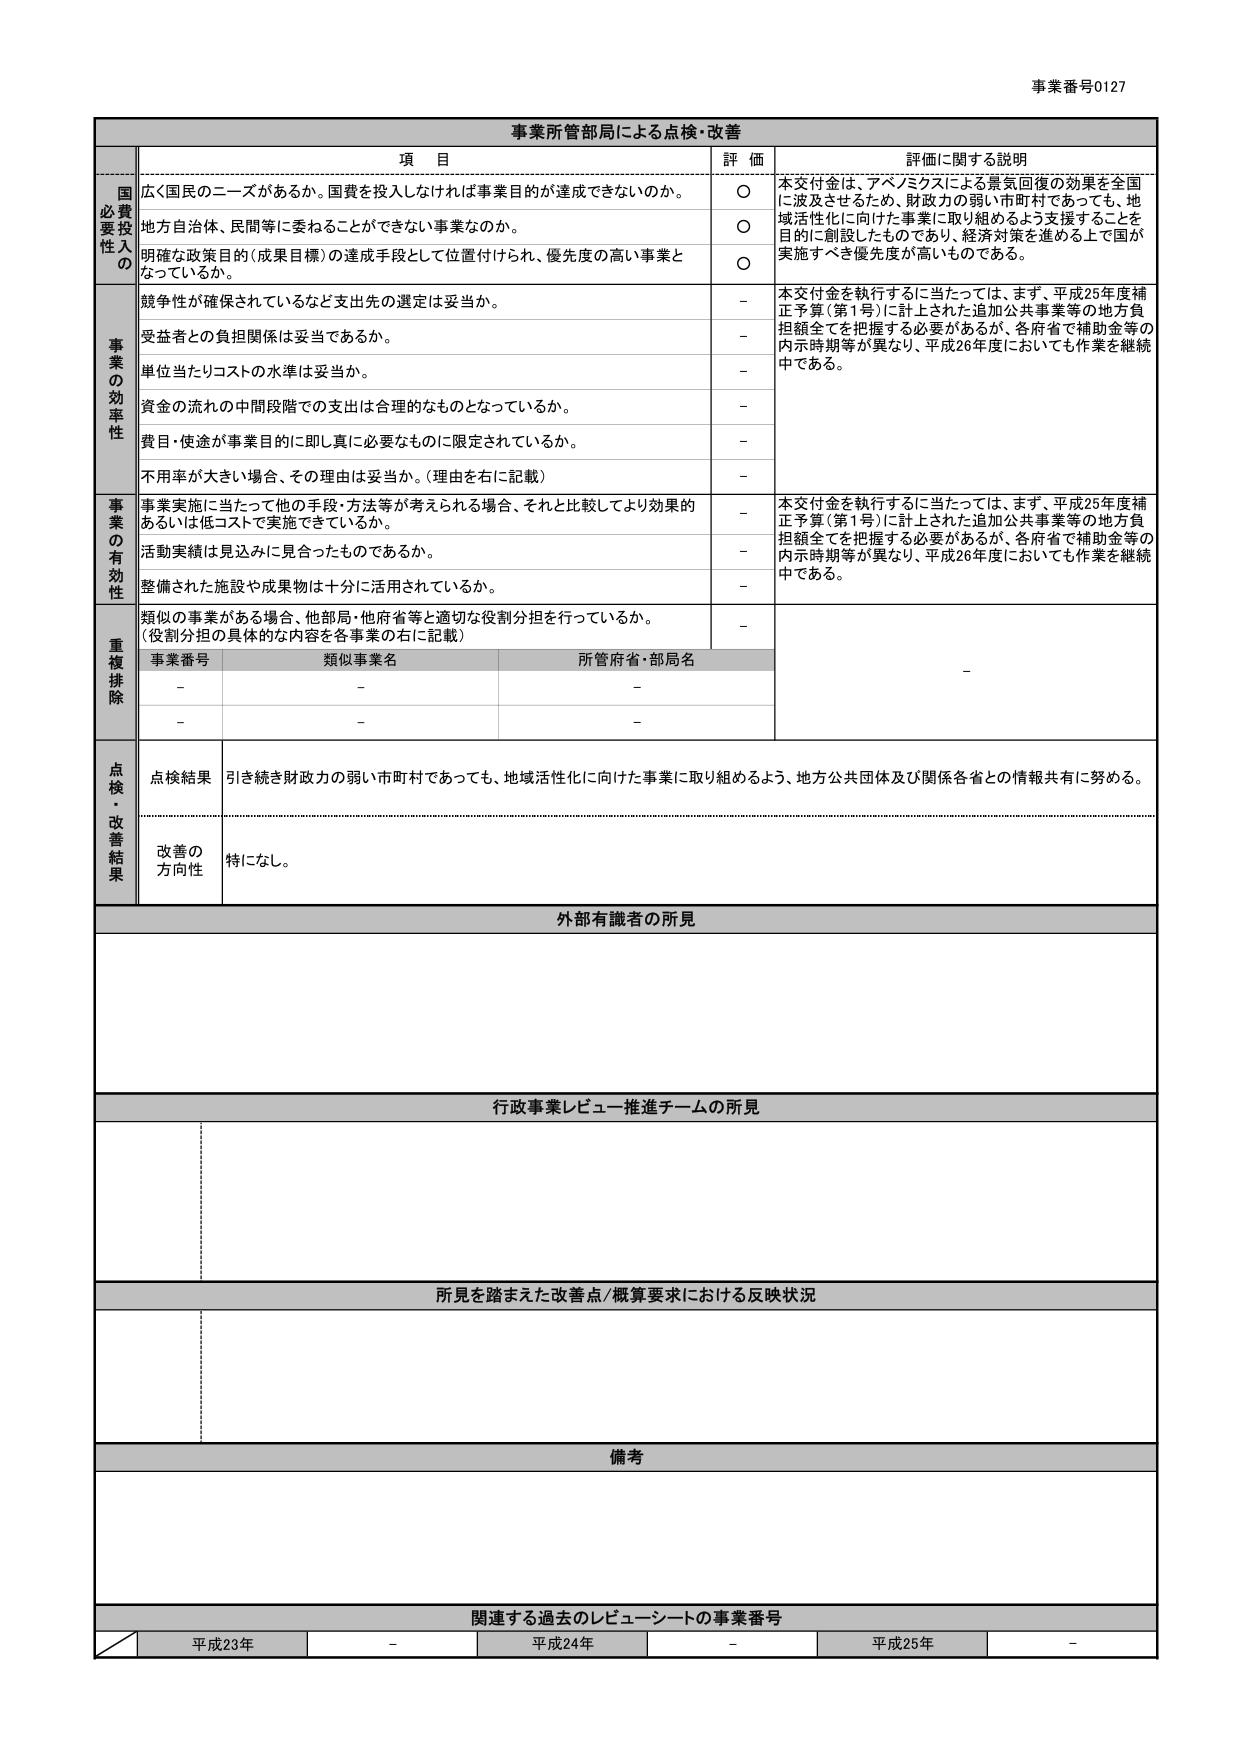
事業番号0127

事業所管部局による点検・改善

項 目 評 価 評価に関する説明

国費投入の必要性
広く国民のニーズがあるか。国費を投入しなければ事業目的が達成できないのか。 ○ 本交付金は、アベノミクスによる景気回復の効果を全国に波及させるため、財政力の弱い市町村であっても、地域活性化に向けた事業に取り組めるよう支援することを目的に創設したものであり、経済対策を進める上で国が実施すべき優先度が高いものである。
地方自治体、民間等に委ねることができない事業なのか。 ○
明確な政策目的（成果目標）の達成手段として位置付けられ、優先度の高い事業となっているか。 ○

事業の効率性
競争性が確保されているなど支出先の選定は妥当か。 － 本交付金を執行するに当たっては、まず、平成25年度補正予算（第1号）に計上された追加公共事業等の地方負担額全てを把握する必要があるが、各府省で補助金等の内示時期等が異なり、平成26年度においても作業を継続中である。
受益者との負担関係は妥当であるか。 －
単位当たりコストの水準は妥当か。 －
資金の流れの中間段階での支出は合理的なものとなっているか。 －
費目・使途が事業目的に即し真に必要なものに限定されているか。 －
不用率が大きい場合、その理由は妥当か。（理由を右に記載） －

事業の有効性
事業実施に当たって他の手段・方法等が考えられる場合、それと比較してより効果的あるいは低コストで実施できているか。 － 本交付金を執行するに当たっては、まず、平成25年度補正予算（第1号）に計上された追加公共事業等の地方負担額全てを把握する必要があるが、各府省で補助金等の内示時期等が異なり、平成26年度においても作業を継続中である。
活動実績は見込みに見合ったものであるか。 －
整備された施設や成果物は十分に活用されているか。 －

重複排除
類似の事業がある場合、他部局・他府省等と適切な役割分担を行っているか。（役割分担の具体的な内容を各事業の右に記載） －
事業番号 類似事業名 所管府省・部局名
－ － －
－ － －

点検・改善結果
点検結果 引き続き財政力の弱い市町村であっても、地域活性化に向けた事業に取り組めるよう、地方公共団体及び関係各省との情報共有に努める。
改善の方向性 特になし。

外部有識者の所見

行政事業レビュー推進チームの所見

所見を踏まえた改善点/概算要求における反映状況

備考

関連する過去のレビューーシートの事業番号
平成23年 － 平成24年 － 平成25年 －